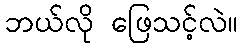
ဘယ်လို ဖြေသင့်လဲ။